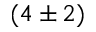
( 4 \pm 2 )